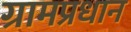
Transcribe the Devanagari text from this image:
ग्रामप्रधान